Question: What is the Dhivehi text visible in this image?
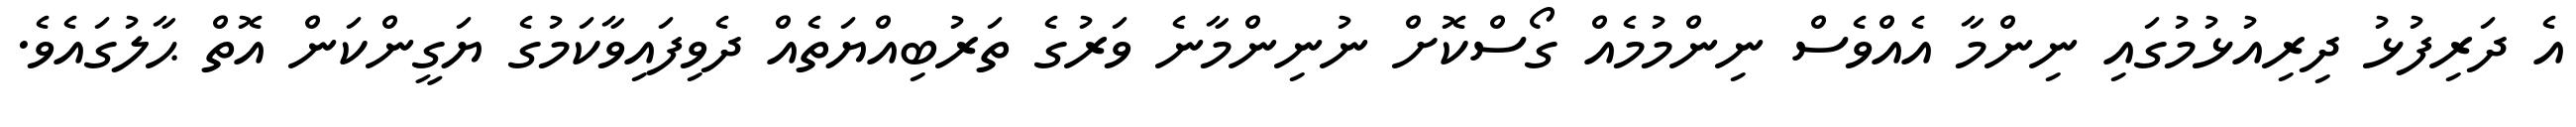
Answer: އެ ދަރިފުޅު ދިރިއުޅުމުގައި ނިންމާ އެއްވެސް ނިންމުމެއް ގޯސްކޮށް ނުނިންމާނެ ވަރުގެ ތަރުބިއްޔަތެއް ދެވިފައިވާކަމުގެ ޔަގީންކަން އޮތް ޙާލުގައެވެ.